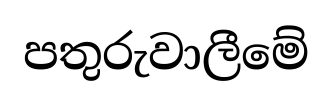
පතුරුවාලීමේ